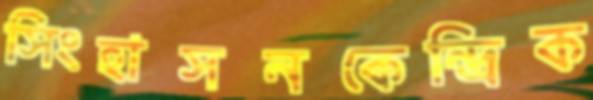
সিংহাসনকেন্দ্রিক